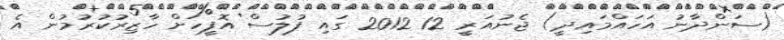
(ސަންދާނު އަހައްމައިދީ) ޖެނުއަރީ 12 2012 ގައި ފުލުސް އޮފީހަށް ހާޒިރުކުރުމުން އެ